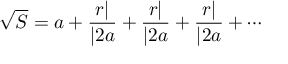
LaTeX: { \sqrt { S } } = a + { \frac { r | } { | 2 a } } + { \frac { r | } { | 2 a } } + { \frac { r | } { | 2 a } } + \cdots